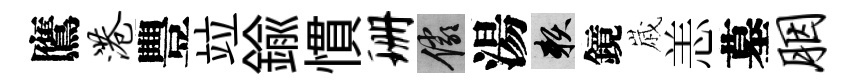
鷹港豐竝鍮慣珊儼湯賴鏡𡻕恙墓胭